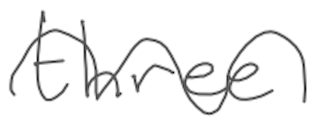
Text: three
Cross-out: wave
Writing tool: digital_gray